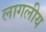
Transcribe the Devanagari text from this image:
लागलीय